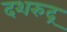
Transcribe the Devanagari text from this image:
दशरुद्र